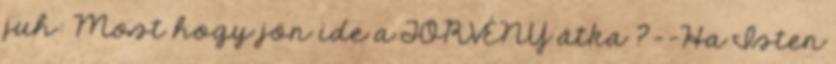
juh: Most hogy jön ide a TÖRVÉNY átka ?--Ha Isten